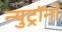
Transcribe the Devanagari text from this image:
न्युट्रॉनों